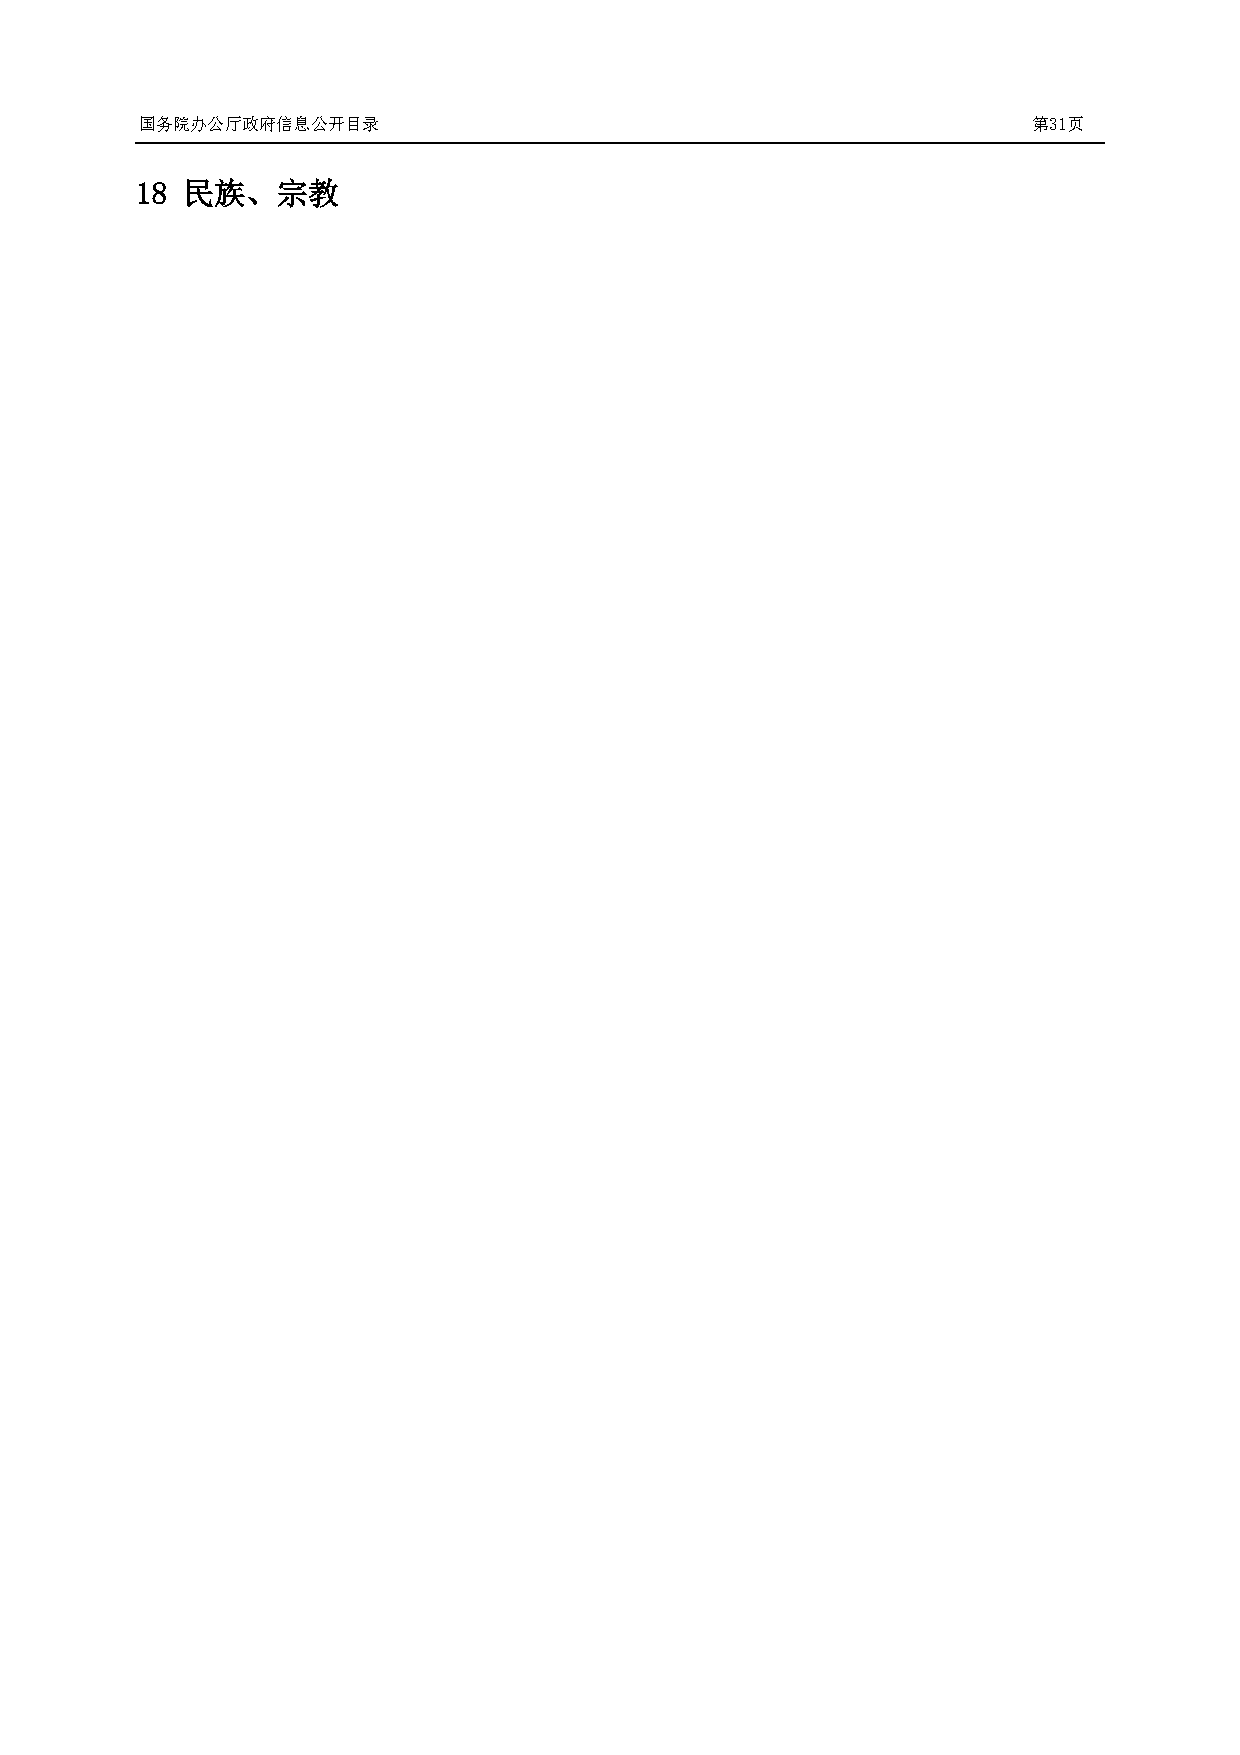
国务院办公厅政府信息公开目录                                             第31页
 18 民族、宗教